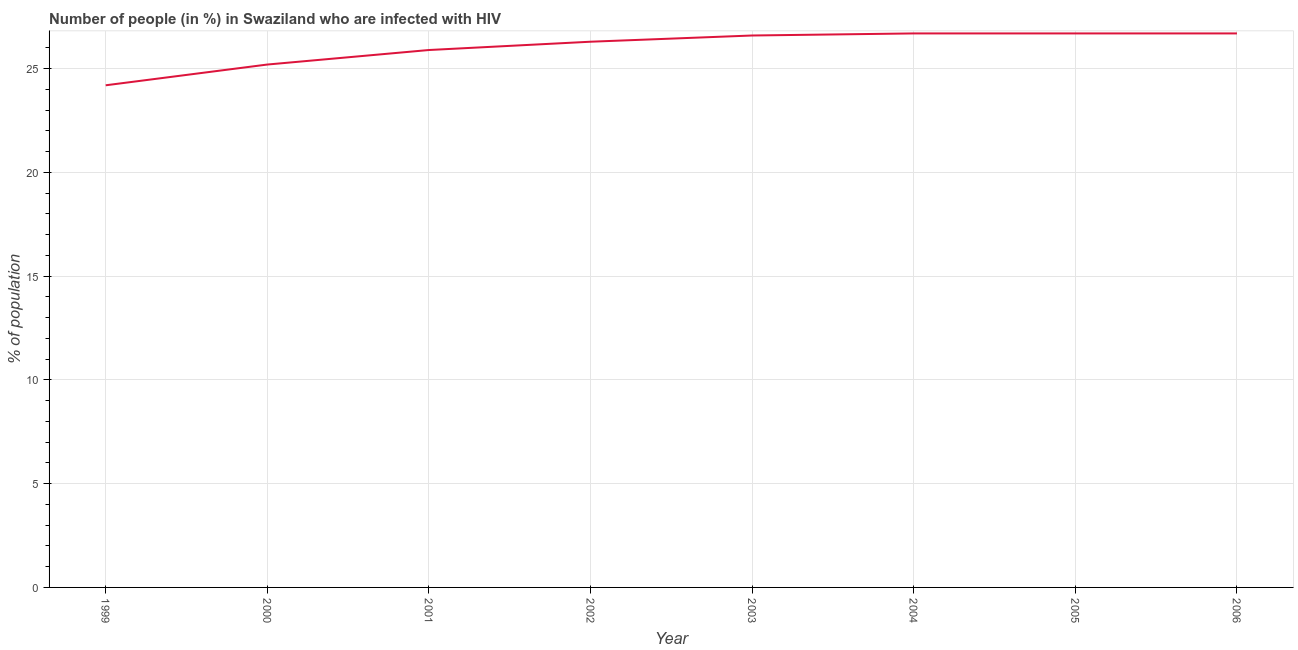
| Year | Infected with HIV |
 | --- | --- |
 | 1999 | 24.2 |
 | 2000 | 25.2 |
 | 2001 | 25.9 |
 | 2002 | 26.3 |
 | 2003 | 26.6 |
 | 2004 | 26.7 |
 | 2005 | 26.7 |
 | 2006 | 26.7 |